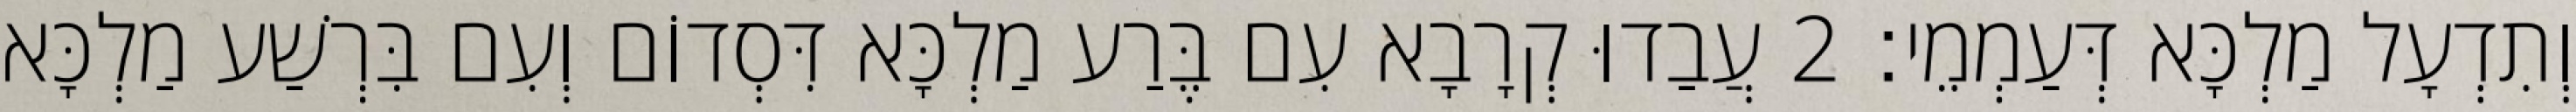
וְתִדְעָל מַלְכָּא דְּעַמְמֵי׃ 2 עֲבַדוּ קְרָבָא עִם בֶּרַע מַלְכָּא דִּסְדוֹם וְעִם בִּרְשַׁע מַלְכָּא